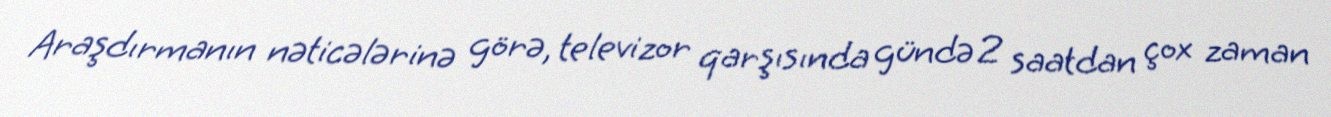
Araşdırmanın nəticələrinə görə, televizor qarşısında gündə 2 saatdan çox zaman